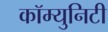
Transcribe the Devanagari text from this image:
कॉम्‍युनिटी